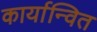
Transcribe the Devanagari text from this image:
कार्यान्‍वित